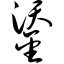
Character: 鋈